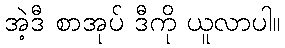
အဲ့ဒီ စာအုပ် ဒီကို ယူလာပါ။